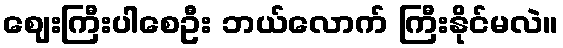
ဈေးကြီးပါစေဦး ဘယ်လောက် ကြီးနိုင်မလဲ။